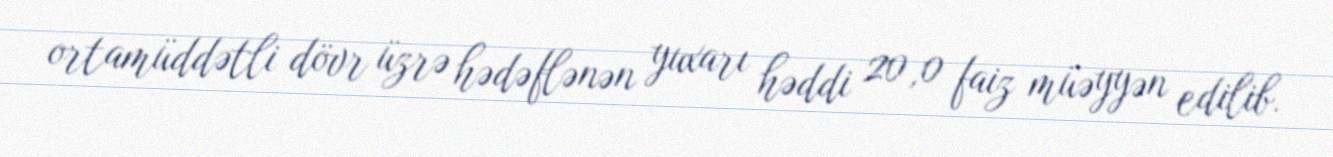
ortamüddətli dövr üzrə hədəflənən yuxarı həddi 20,0 faiz müəyyən edilib.